Scottish Leaving Certificate Examination, 1961
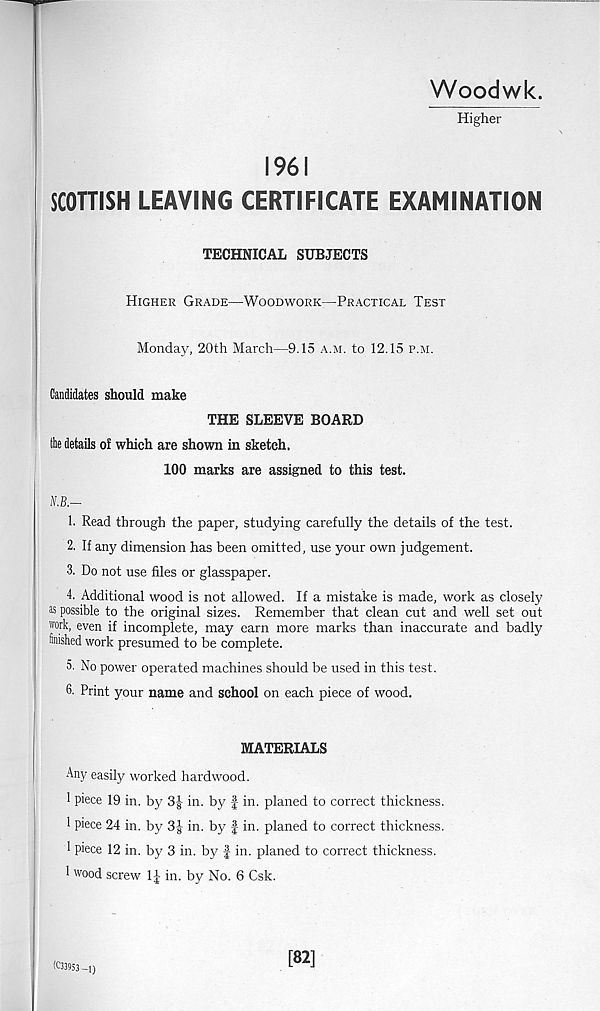
Woodwk.
Higher
1961
SCOTTISH LEAVING CERTIFICATE EXAMINATION
TECHNICAL SUBJECTS
Higher Grade—Woodwork—Practical Test
Monday, 20th March—9.15 a.m. to 12.15 p.m.
Candidates should make
THE SLEEVE BOARD
tie details of which are shown in sketch.
100 marks are assigned to this test.
N.B.—
1. Read through the paper, studying carefully the details of the test.
2. If any dimension has been omitted, use your own judgement.
3. Do not use files or glasspaper.
4. Additional wood is not allowed. If a mistake is made, work as closely
as possible to the original sizes. Remember that clean cut and well set out
wrk, even if incomplete, may earn more marks than inaccurate and badly
finished work presumed to be complete.
5. No power operated machines should be used in this test.
6. Print your name and school on each piece of wood.
MATERIALS
Any easily worked hardwood.
1 piece 19 in. by 3| in. by f in. planed to correct thickness.
1 piece 24 in. by 3£ in. by f in. planed to correct thickness.
1 piece 12 in. by 3 in. by f in. planed to correct thickness.
1 wood screw IJ in. by No. 6 Csk.
(03953 -1)
[82]